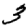
Digit: 3